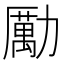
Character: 勵